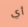
أي